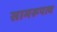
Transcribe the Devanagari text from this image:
सामरूपत्व